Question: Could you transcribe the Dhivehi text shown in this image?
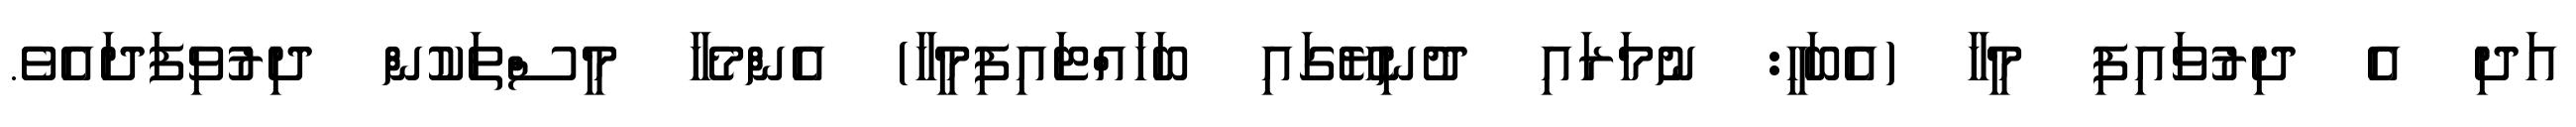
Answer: އަދި އެ ދިރުވައިފި މީހާ (އެބަހީ: ނުމަރައި ދުނިޔޭގައި ބަހައްޓައިފިމީހާ) އެންމެހާ މީސްތަކުން ދިރުވިފަދައެވެ.